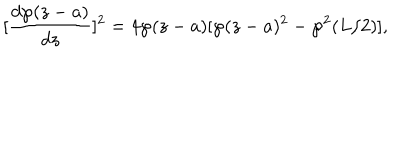
LaTeX: [ \frac { d \wp ( z - a ) } { d z } ] ^ { 2 } = 4 \wp ( z - a ) [ \wp ( z - a ) ^ { 2 } - \wp ^ { 2 } ( L / 2 ) ] ,